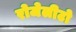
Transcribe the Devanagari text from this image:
रोजेलीटो